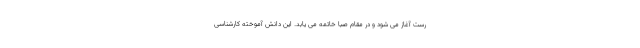
رَست آغاز می شود و در مقام صبا خاتمه می یابد. این دانش آموخته کارشناسی